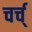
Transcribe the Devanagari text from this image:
चर्च्